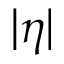
| \eta |